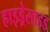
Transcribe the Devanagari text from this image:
हाइड्रेसाइड